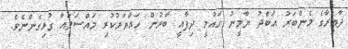
ދާއިރާގެ މެންބަރު އަބްދު ޔާމީނު ގައުމީ ދިފާއީ ބާރުން ހައްޔަރުކުރި މައްސަލައާ ގުޅިގެންނެވެ.